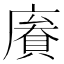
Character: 𢊹